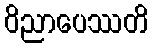
ဝိညာပေဿတိ